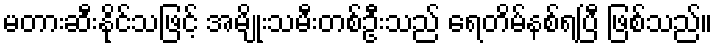
မတားဆီးနိုင်သဖြင့် အမျိုးသမီးတစ်ဦးသည် ရေတိမ်နစ်ရပြီ ဖြစ်သည်။